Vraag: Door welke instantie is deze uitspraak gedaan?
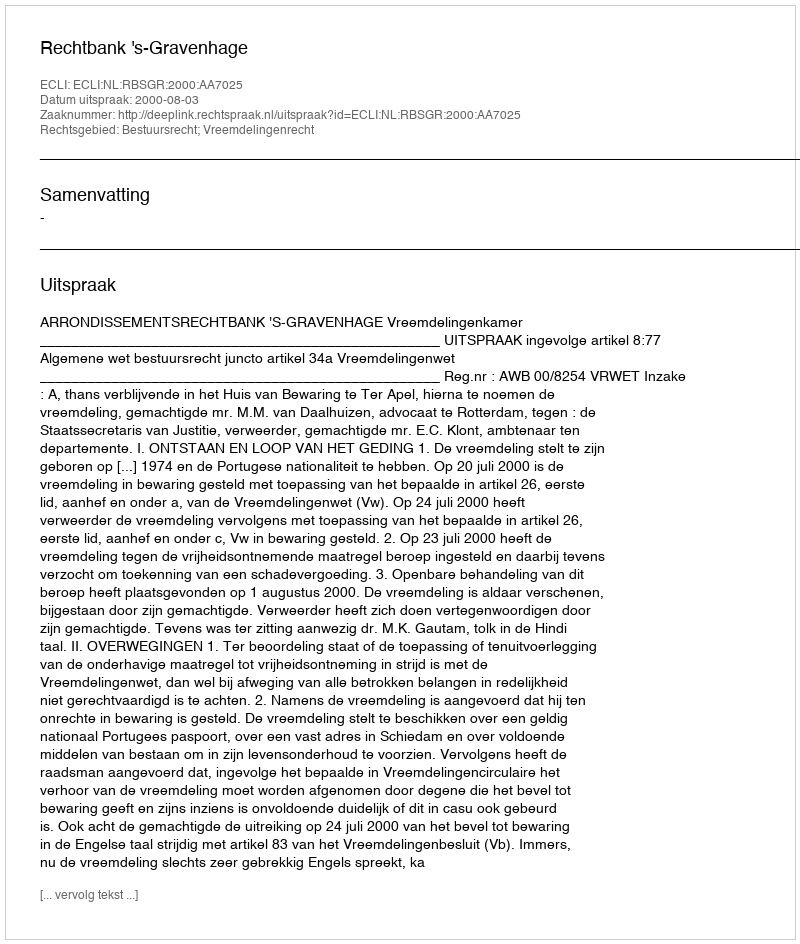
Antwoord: Rechtbank 's-Gravenhage